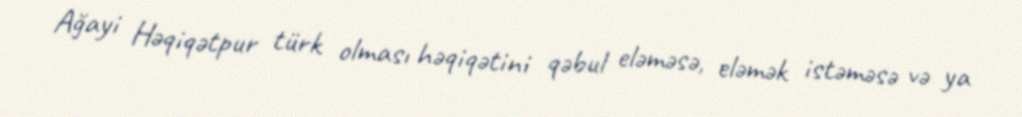
Ağayi Həqiqətpur türk olması həqiqətini qəbul eləməsə, eləmək istəməsə və ya